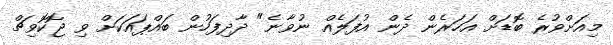
މިއަށްވުރެ ބޮޑަށް އަހަރެން ދެން އުފަލެއް ނުވާނެ" ދާދިފަހުން ބައްޕައަކަށް ވި ޖޮކޮވިޗް